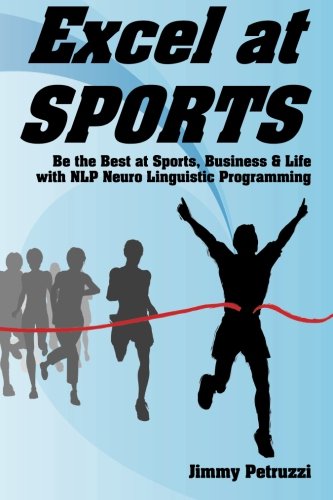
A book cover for Excel at Sports: Be the Best at Sports, Business & Life with NLP Neuro Linguistic Programming (Excel at NLP) (Volume 1); Jimmy Petruzzi; Self-Help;